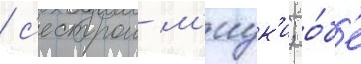
/ с'естрои м'иук'и; о́б'е